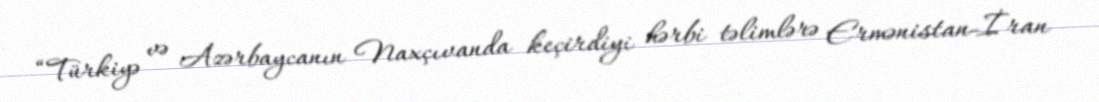
“Türkiyə və Azərbaycanın Naxçıvanda keçirdiyi hərbi təlimlərə Ermənistan-İran